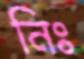
নিঃ